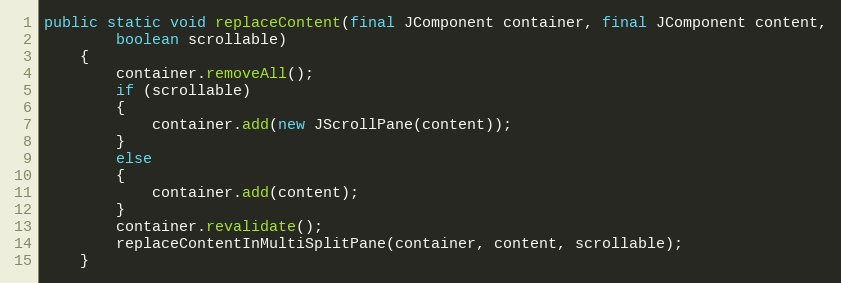
Language: Java
public static void replaceContent(final JComponent container, final JComponent content,
		boolean scrollable)
	{
		container.removeAll();
		if (scrollable)
		{
			container.add(new JScrollPane(content));
		}
		else
		{
			container.add(content);
		}
		container.revalidate();
		replaceContentInMultiSplitPane(container, content, scrollable);
	}